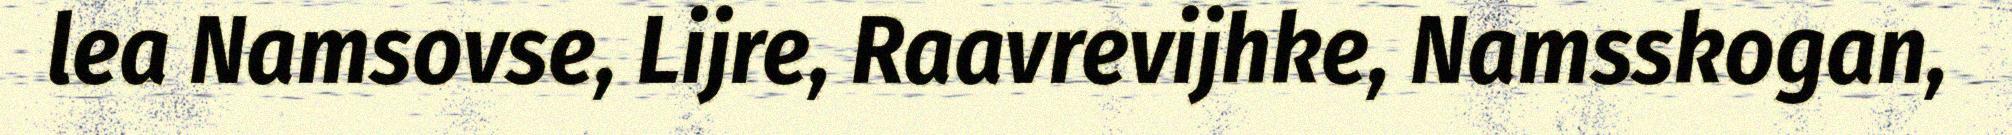
lea Namsovse, Lijre, Raavrevijhke, Namsskogan,